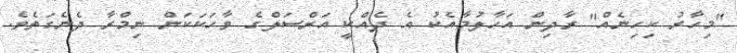
"މިހާރު ކިހިނެއް" ރާދިން އަހާލުމާއެކު އެ ދެއްކީ އަރްސަލްގެ ވާހަކަކަން ނިމްރާ ދެނެގަތެވެ.